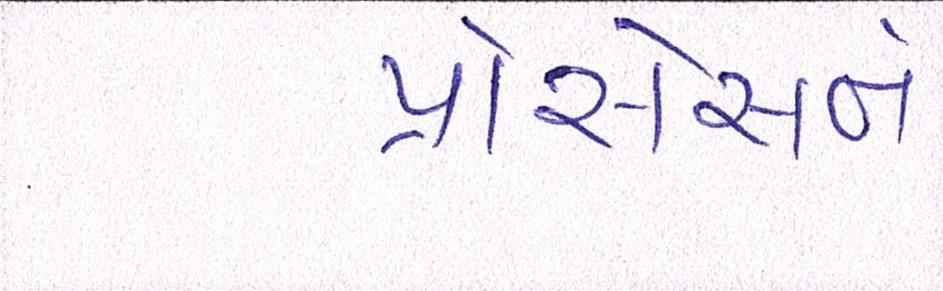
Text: પ્રોસેસને